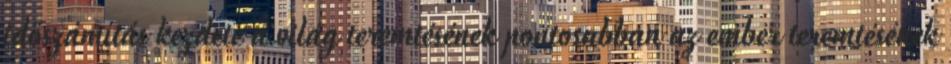
időszámítás kezdete a világ teremtésének pontosabban az ember teremtésének